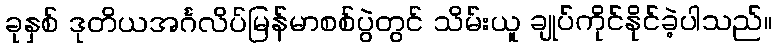
ခုနှစ် ဒုတိယအင်္ဂလိပ်မြန်မာစစ်ပွဲတွင် သိမ်းယူ ချုပ်ကိုင်နိုင်ခဲ့ပါသည်။